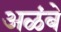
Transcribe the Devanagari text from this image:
अळंबे